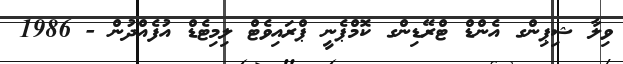
ވިލާ ޝިޕިންގ އެންޑް ޓްރޭޑިންގ ކޮމްޕެނީ ޕްރައިވެޓް ލިމިޓެޑް އުފެއްދުން - 1986